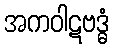
အကဝါဋဗဒ္ဓံ